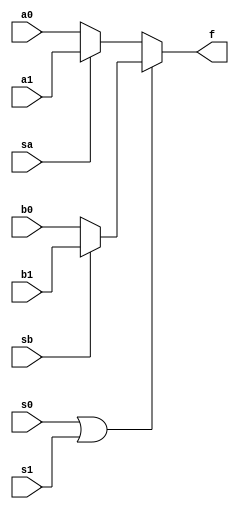
module C1(a0, a1, sa, b0, b1, sb, s0, s1, f);
	input a0, a1, sa, b0, b1, sb, s0, s1;
	output f;
	wire f1, f2, s2;
	assign f1 = sa ? a1 : a0;
	assign f2 = sb ? b1 : b0;
	assign s2 = s0 || s1;
	assign f = s2 ? f2 : f1;
endmodule